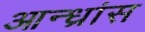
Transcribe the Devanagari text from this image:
आन्ध्रांस